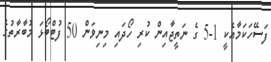
ފަސޭހަކަމާއެކީ 1-5 ގެ ނަތީޖާއިން ކުރި ހޯދައި މިނިވަން 50 ފުޓްބޯޅަ މުބާރާތުގެ